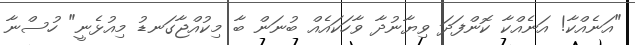
"އަނެއްކާ! އަނެއްކާ ކޮންފަދަ ވިޔާނުދާ ވާހަކައެއް ބުނަން ބާ މިކުއްޖާގަނޑު މިއުޅެނީ" ހުސްނާ